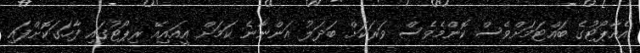
އެއާޕޯޓުގެ ބައްޓަމަށްވެސް ކޮންމެވެސް ވަރަކަށް ބަދަލު އަންނާނެ ކަމަށް އީއައިއޭ ރިޕޯޓުގައި ފާހަގަކޮށްފައި